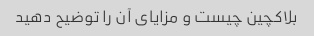
بلاکچین چیست و مزایای آن را توضیح دهید